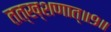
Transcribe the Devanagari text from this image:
तत्ख्शणात्॥९॥